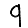
Digit: 9